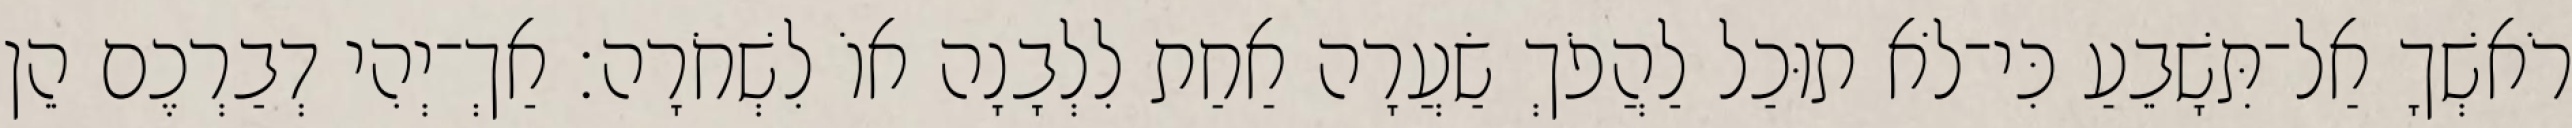
רֹאשְׁךָ אַל־תִּשָׁבֵעַ כִּי־לֹא תוּכַל לַהֲפֹךְ שַׂעֲרָה אַחַת לִלְבָנָה אוֹ לִשְׁחֹרָה׃ אַךְ־יְהִי דְבַרְכֶם הֵן